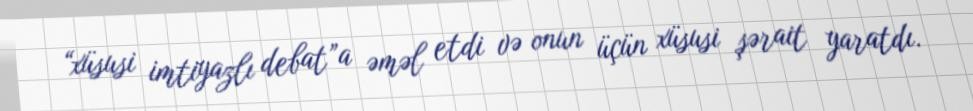
“xüsusi imtiyazlı debat”a əməl etdi və onun üçün xüsusi şərait yaratdı.